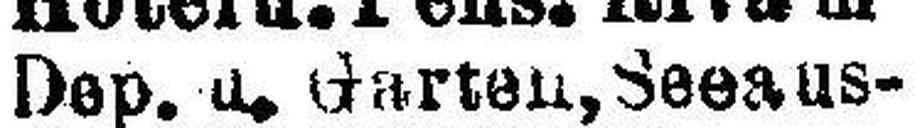
Dep. u. Garten, Seeaus¬